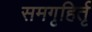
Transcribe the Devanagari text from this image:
समगृहिर्तृ